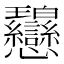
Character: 𢦋